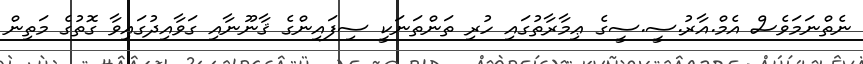
ނެތްނަމަވެސް އެމް.އާރު.ސީ.ސީގެ ޢިމާރާތުގައި ހުރި ތަންތަނަކީ ސިފައިންގެ ޤާނޫނާއި ގަވާއިދުގައިވާ ގޮތުގެ މަތިން